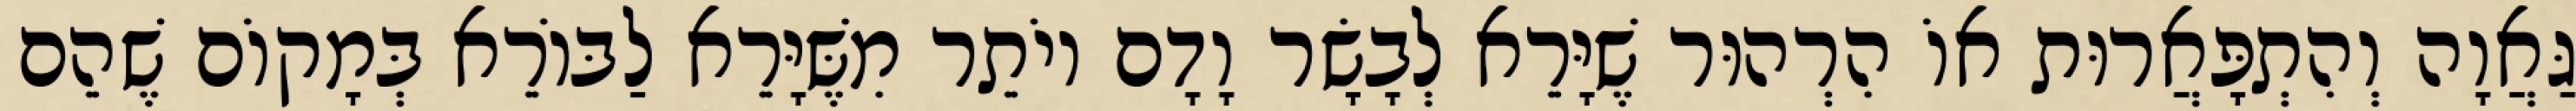
גַּאֲוָה וְהִתְפָּאֲרוּת אוֹ הִרְהוּר שֶׁיָּרֵא לְבָשָׂר וָדָם יוֹתֵר מִשֶּׁיָּרֵא לַבּוֹרֵא בְּמָקוֹם שֶׁהֵם